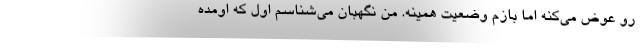
رو عوض می‌کنه اما بازم وضعیت همینه. من نگهبان می‌شناسم اول که اومده